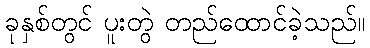
ခုနှစ်တွင် ပူးတွဲ တည်ထောင်ခဲ့သည်။